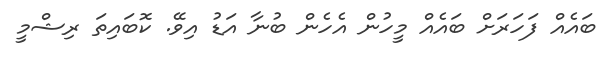
ބައެއް ފަހަރަށް ބައެއް މީހުން އެހެން ބުނާ އަޑު އިވޭ. ކޮބައިތަ ރިޝްމީ